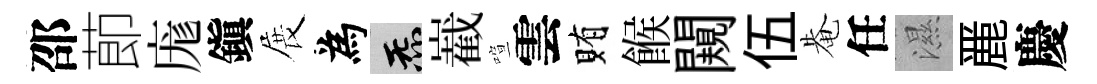
邵莭庬鎭展為炁嶻喧雲賄餱闚伍𤲅任濕䴡慶